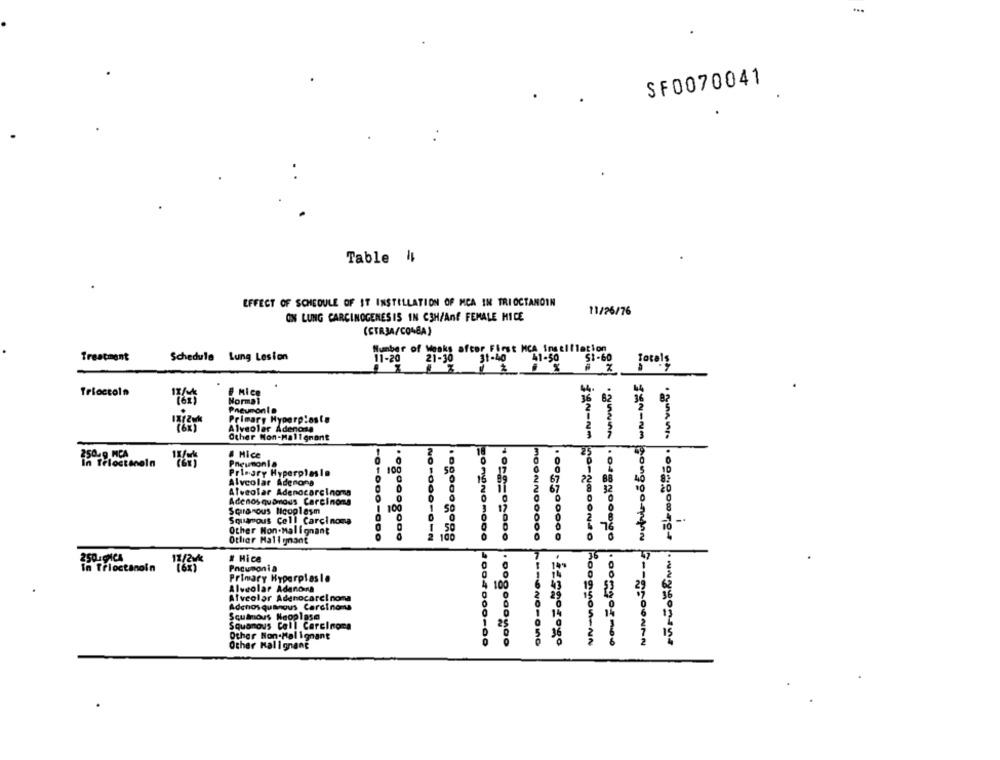
SF0070041
Table 4;
EFFECT OF SCHEDULE OF IT INSTILLATION OF MCA IN TRI OCTANOIN
11/26/76
ON LUNG CARCINOGENESIS IN C3H/Anf FEMALE HICE
(CTR3A/CQ48A)
Treatment
Schedule Lung Lesion
Fazer of Weeks after First WCA Instillation
31-40
51-60
Tricccola
# Mice
Normal
Pneumonia
Primary Hyperplasts
Alveolar Adenosa
Other Non-Malignant
& Hice
In Trioctanein
Pneumonia
Primary Hyperplasia
Alveolar Adenona
Alveolar Adenocarcinoma
Adenosquamous Carcinoma
Scranous licoplasm
100
50
Squamous Cell Carcinoma
Other Non-Malignant
50
Other Malignant
2
250 - PICA
11/2M
# Hice
In Trioctanoin
Pneumonia
Primary Hyperplasie
100
Alveolar Adanons
Alveolar Adenocarcinoma
Adenos qualinous Carcinoma
Squamous Neoplasa
Squamous Cell Carcinoma
Other Non-Malignant
Other Malignant
SUN-Nm MO-NOSONGO RoogOn-NN
Jan-Nm bonggo-mon -- goONAN